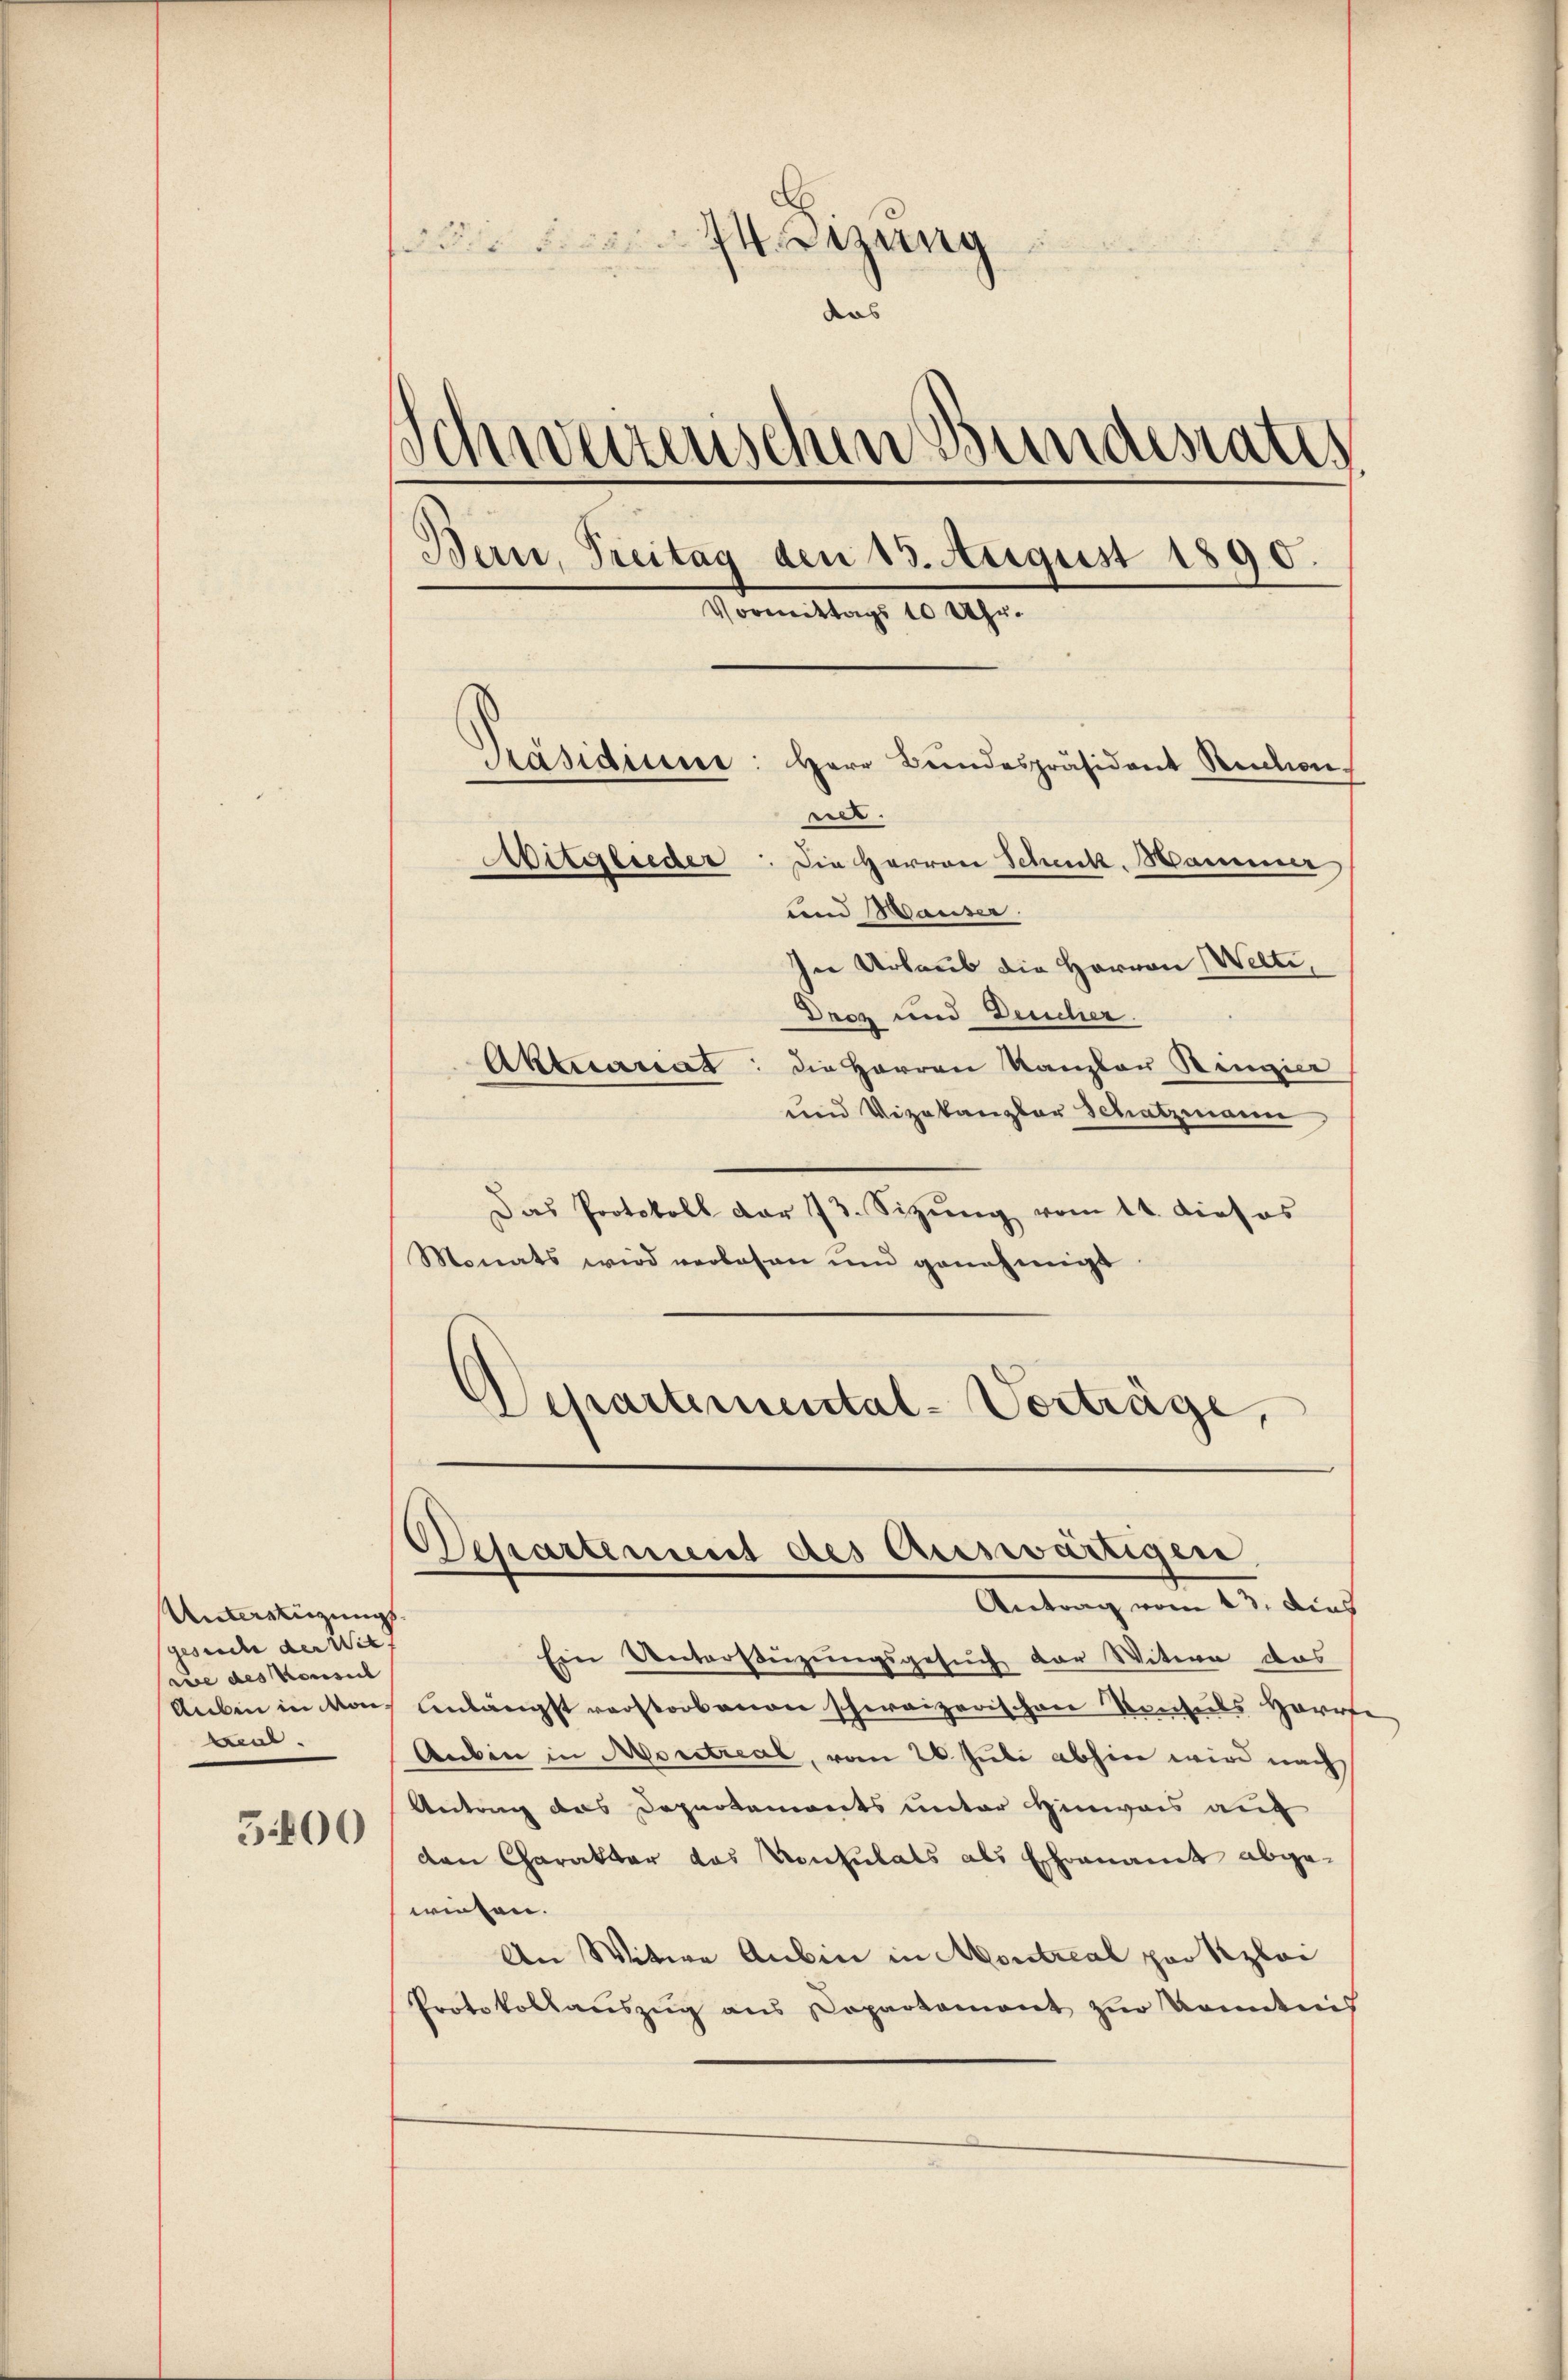
Anwirtigungs
gesuche der Witf
rue des Konsul
Aubin in Mon
Leal.

5400

zung
das
Schweizerischen Bundesrates
Bern, Treitag den 13. August 1890.
Vormittags 10 Uhr.
Präsidiuur: Herr Bundespräsident Rection
net.
Aitglieder: Die Herren Schenk. Hammer
und Hauser.
In Urlaub die Herren Welti,
Drez und Deucher.
Aktuariat die Herren Kanzlau Ringier
und Vizekanzler Schatzmann

Das Protokoll dar 73. Sizŭng vom 11. dieses
Monats wird verlesen und genehmigt
Departemental-Vorträge,

Departement des Auswärtigen,
Antrag vom 23. Dies

Ein Unterstüzungsgesuch der Witwe das
Anlängst verstorbenen schweizerischen Konsuls Harrte
Aubin in Moritrial, vom 26. Juli abhin wird nach
Antrag das Departements unter Hinweis auc
den Charakter das Konsulats als Ehrenamt abgewiesen.
An Witwe Anbin in Montreal pro Kzlei
Protokollaŭszŭg ans Departement zŭr Nominis

¬